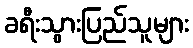
ခရီးသွားပြည်သူများ